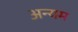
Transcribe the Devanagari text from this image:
अन्यम